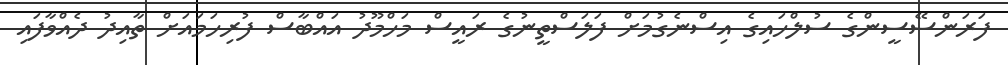
ފަރަންސޭސީންގެ ސުލްހައިގެ އިސްނެގުމަށް ފަލަސްތީނުގެ ރައީސް މަހްމޫދު އައްބާސް ފުރިހަމައަށް ތާއިދު ދެއްވާފައި